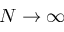
N \rightarrow \infty